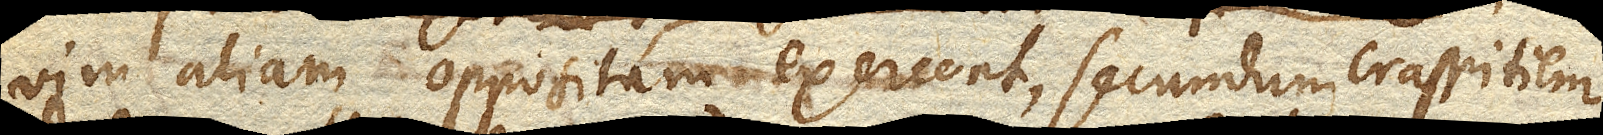
in vim aliam oppositam exercent, secundum crassitiem,